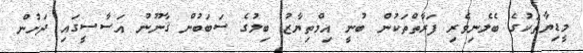
މީޑިޔާތަކުގެ ބެލެނިވެރި ފަރާތްތަކުން ބުނީ އިމްތިޔާޒު ބިލުގެ ސަބަބުން ޤާނޫނު އަސާސީގައި ދަށުން